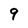
Character: 9